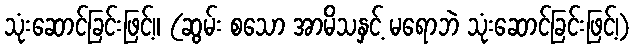
သုံးဆောင်ခြင်းဖြင့်။ (ဆွမ်း စသော အာမိသနှင့် မရောဘဲ သုံးဆောင်ခြင်းဖြင့်၊)